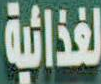
الغذائية